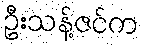
ဦးသန့်ဇင်က